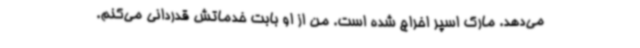
می‌دهد. مارک اسپر اخراج شده است. من از او بابت خدماتش قدردانی می‌کنم.